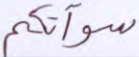
سوآتكم